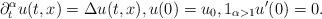
LaTeX: \begin{align*} \partial_{t}^{\alpha}u(t,x)=\Delta u(t,x), u(0)=u_0, 1_{\alpha>1}u'(0)=0.\end{align*}